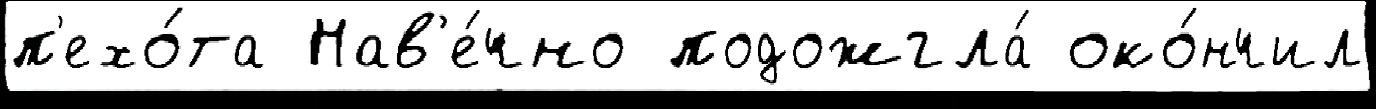
п'ехо́та Нав'е́чно подожгла́ око́нчил